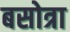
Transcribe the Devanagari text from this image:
बसोत्रा